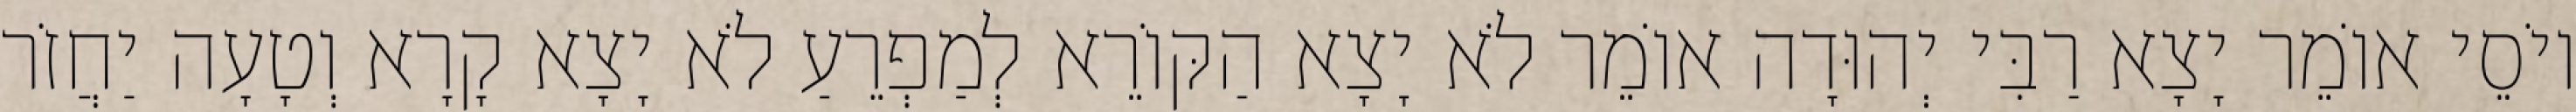
יוֹסֵי אוֹמֵר יָצָא רַבִּי יְהוּדָה אוֹמֵר לֹא יָצָא הַקּוֹרֵא לְמַפְרֵעַ לֹא יָצָא קָרָא וְטָעָה יַחֲזֹר